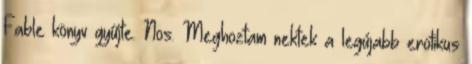
Fable könyv gyűjte. Nos. Meghoztam nektek a legújabb erotikus